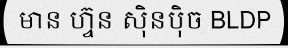
មាន ហ្វ៊ុន ស៊ិនប៉ិច BLDP